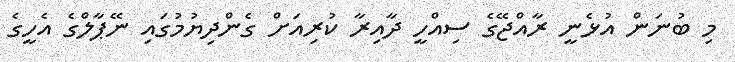
މި ބުނަން އުޅެނީ ރާއްޖޭގެ ސިއްހީ ދާއިރާ ކުރިއަށް ގެންދިޔުމުގައި ނޭޕާލްގެ އެހީގެ